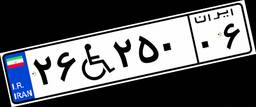
۶۸W۰۸۱۰۵